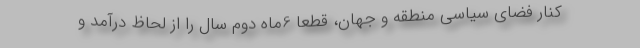
کنار فضای سیاسی منطقه و جهان، قطعا 6ماه دوم سال را از لحاظ درآمد و